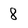
Character: 8